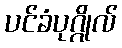
ပင်ခံပုဂ္ဂိုလ်